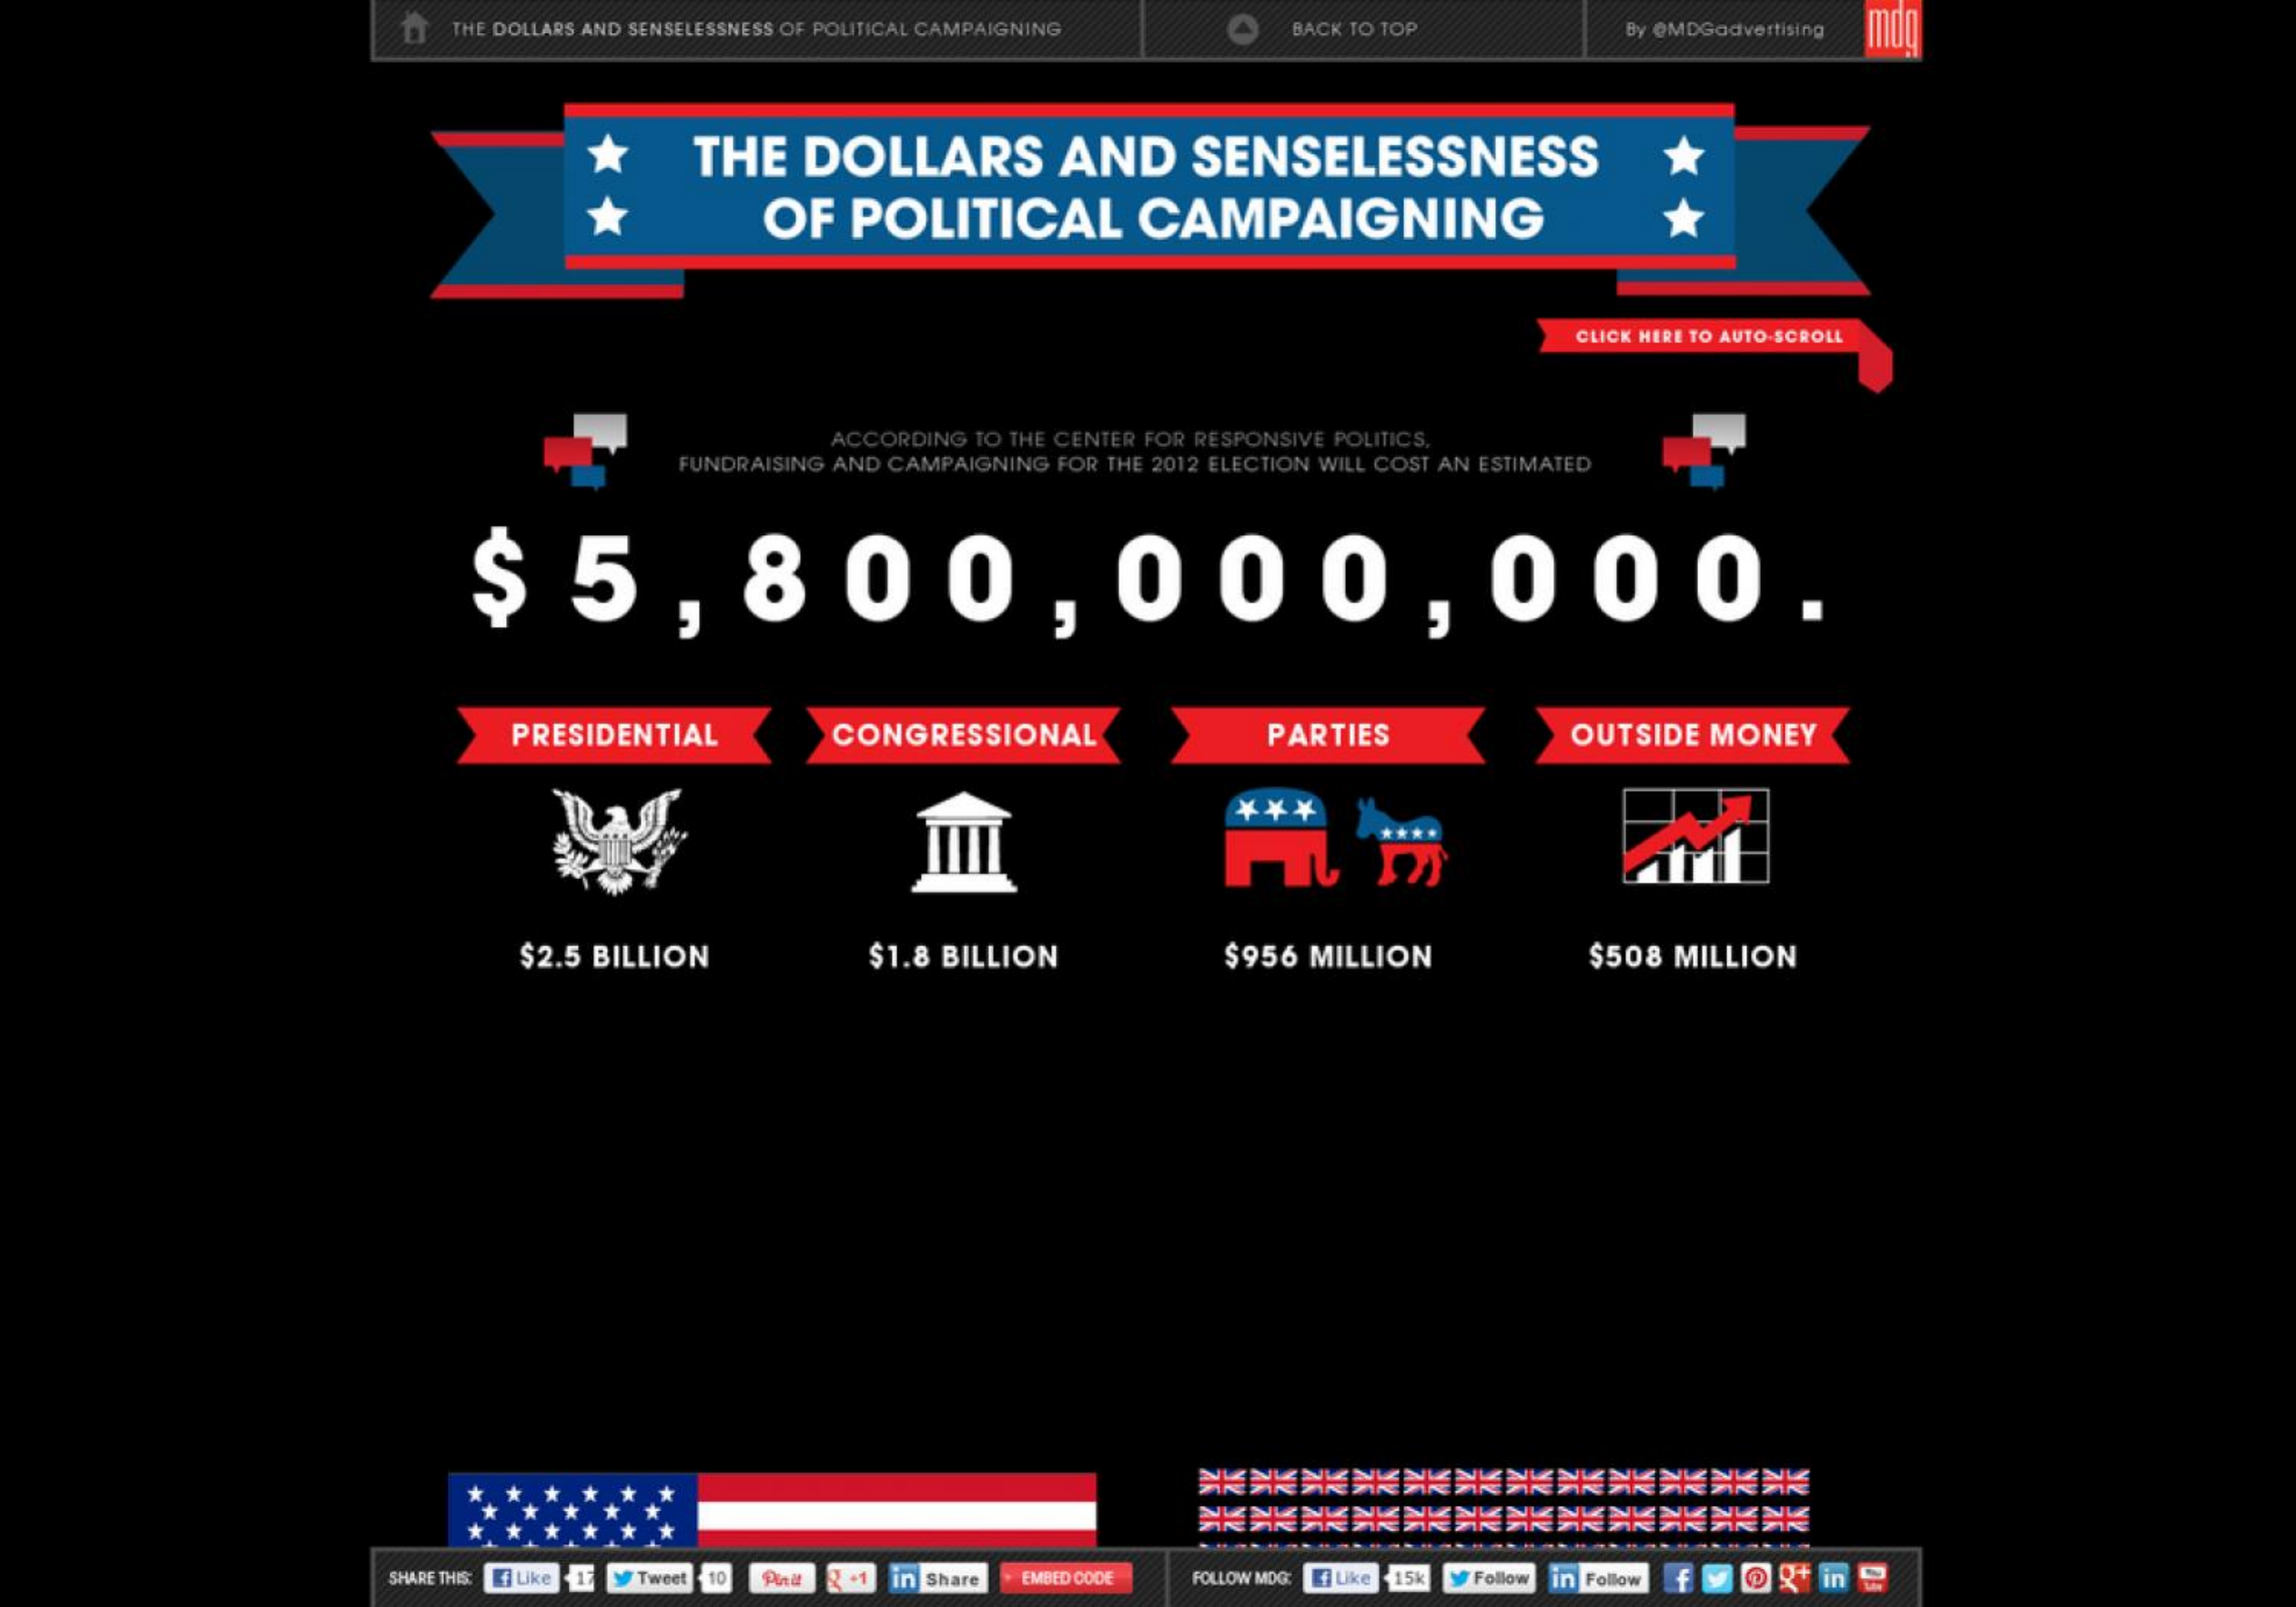
THE DOLLARS AND SENSELESSNESS OF POLITICAL CAMPAIGNING BACK TO TOP By @MDGadvertising mag
     THE  DOLLARS    AND    SENSELESSNESS
     OF  POLITICAL    CAMPAIGNING
     CLICK HERE TO AUTO-SCROLL
     ACCORDING TO THE CENTER FOR RESPONSIVE POLITICS,
     FUNDRAISING AND CAMPAIGNING FOR THE 2012 ELECTION WILL COST AN ESTIMATED
     $    5,    800,000,000.
     PRESIDENTIAL    CONGRESSIONAL    PARTIES    OUTSIDE MONEY
     ***
     m'm
     $2.5 BILLION    $1.8 BILLION    $956 MILLION    $508 MILLION
     SHARE THIS: Like Tweet 10 2 -1 in Share EMBED CODE FOLLOW MDG: Ej Like 15k Follow in Follow in